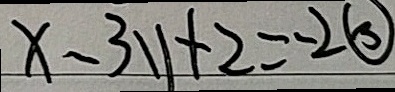
x - 3 y + 2 = - 2 \textcircled { 3 }